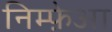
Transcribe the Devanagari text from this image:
निम्फ़ेआ